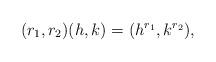
LaTeX: \begin{align*}(r_1, r_2)(h, k)= (h^{r_1}, k^{r_2}),\end{align*}